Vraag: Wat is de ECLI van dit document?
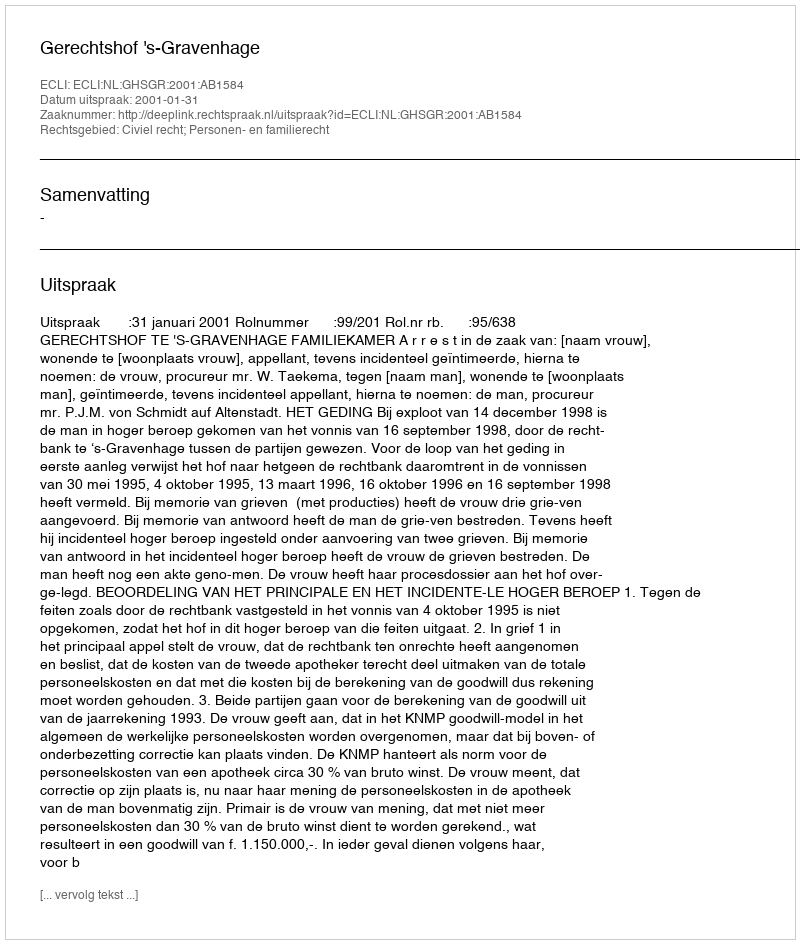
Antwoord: ECLI:NL:GHSGR:2001:AB1584